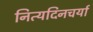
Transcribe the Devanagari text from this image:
नित्यदिनचर्या